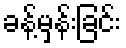
ခန့်မှန်းခြင်း